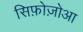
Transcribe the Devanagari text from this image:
सिफ़ोज़ोआ